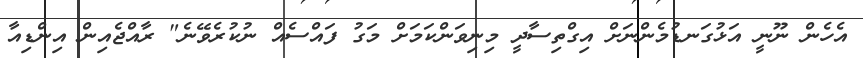
އެހެން ނޫނީ އަޅުގަނޑުމެންނަށް އިގްތިސާދީ މިނިވަންކަމަށް މަގު ފައްސެއް ނުކުރެވޭނެ" ރާއްޖެއިން އިންޑިއާ